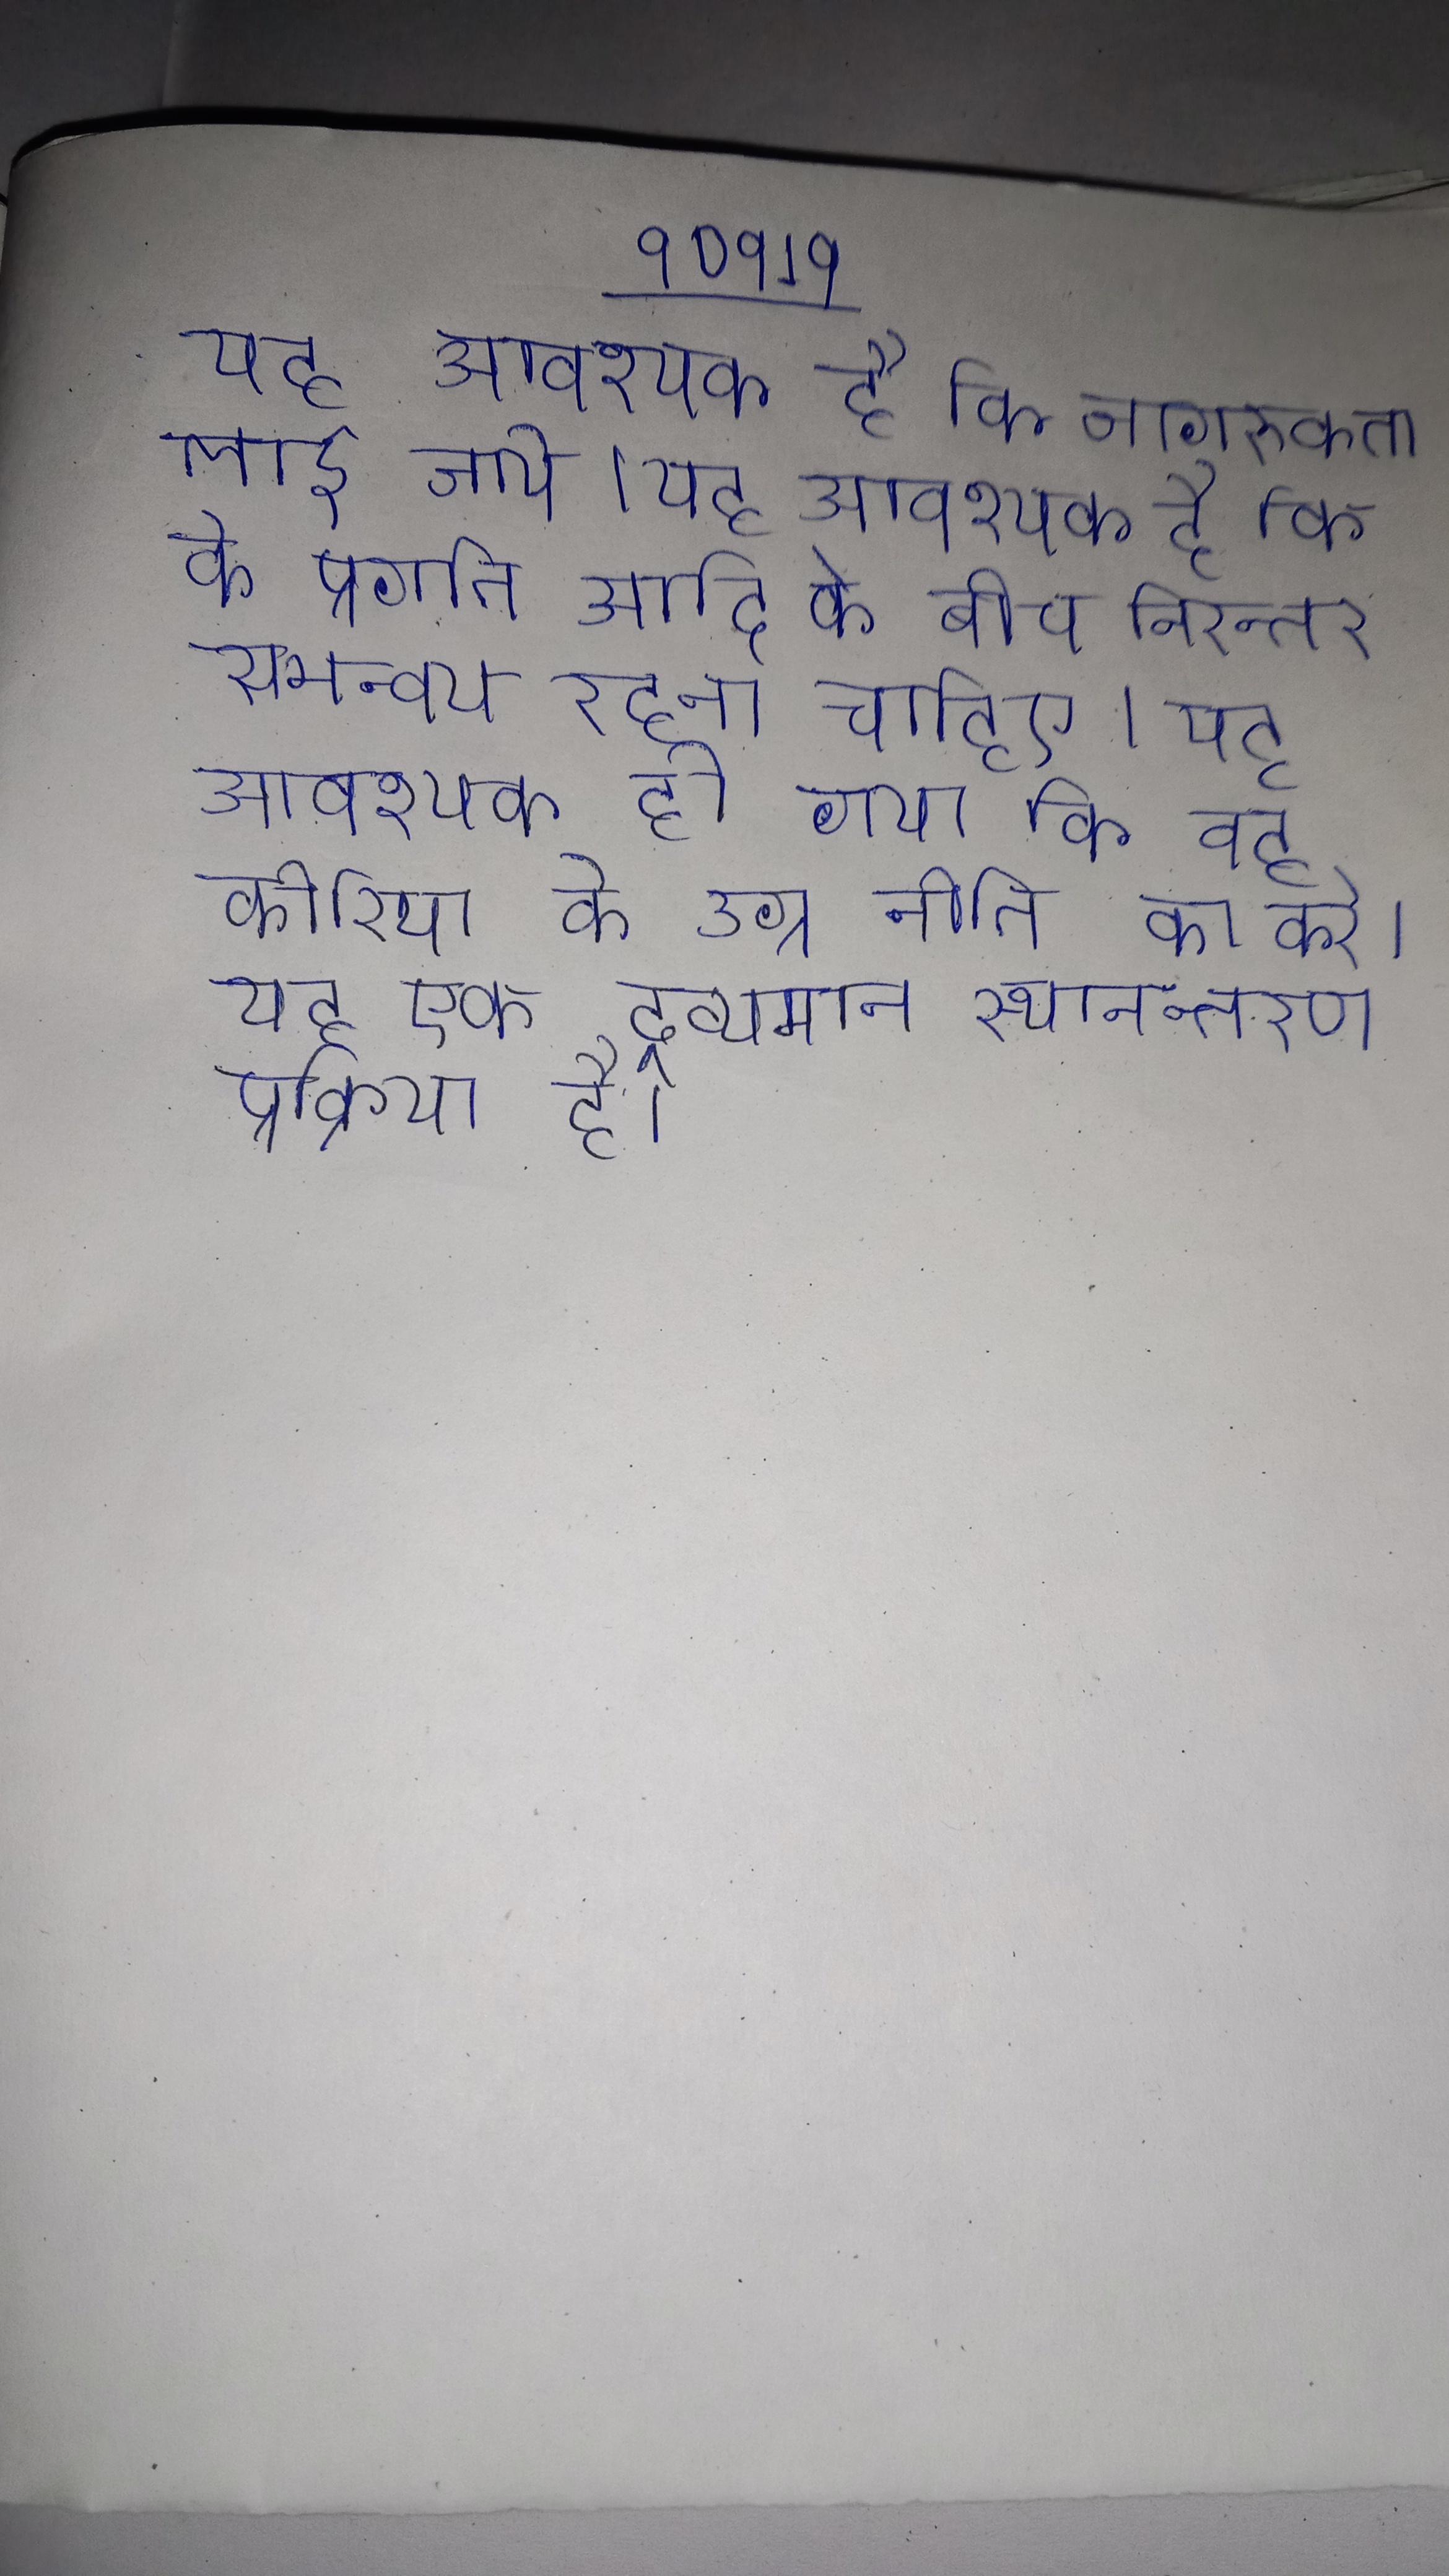
यह आवश्यक है कि जागरुकता लाई जाये । यह आवश्यक है कि के प्रगति आदि के बीच निरन्तर समन्वय रहना चाहिए । यह आवश्यक हो गया कि वह कोरिया के उग्र नीति का करे । यह एक द्रव्यमान स्थानान्तरण प्रक्रिया है ।